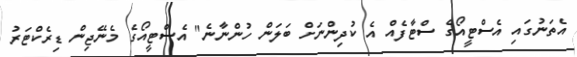
އެތަނުގައި އެސްޓީއޯގެ ސްޓާފެއް އެ ކުދިންނަށް ބަލަން ހުންނާނެ" އެސްޓީއޯގެ މެނޭޖިން ޑިރެކްޓަރު